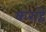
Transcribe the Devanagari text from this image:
कराहें